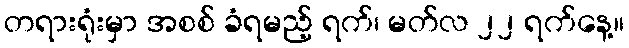
တရားရုံးမှာ အစစ် ခံရမည့် ရက်၊ မတ်လ ၂၂ ရက်နေ့။